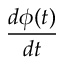
\frac { d \phi ( t ) } { d t }